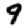
Digit: 9